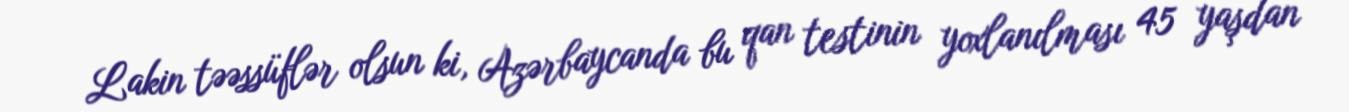
Lakin təəssüflər olsun ki, Azərbaycanda bu qan testinin yoxlanılması 45 yaşdan